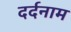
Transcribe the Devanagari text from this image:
दर्दनाम